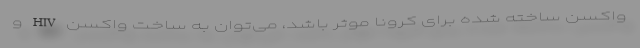
واکسن ساخته شده برای کرونا موثر باشد، می‌توان به ساخت واکسن HIV و